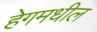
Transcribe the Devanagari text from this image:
हेगमधील